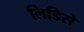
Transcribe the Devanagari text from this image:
लिडिसे